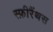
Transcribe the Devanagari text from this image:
स्फ़ीरैंथस